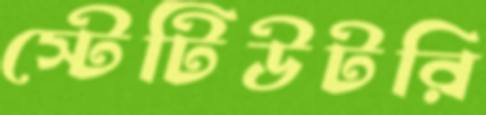
স্টেটিউটরি